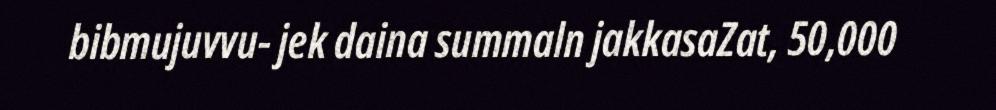
bibmujuvvu- jek daina summaln jakkasaZat, 50,000